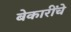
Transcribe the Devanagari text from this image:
बेकारींचे